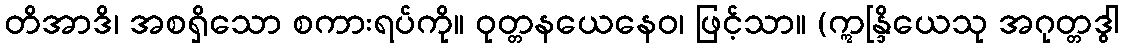
တိအာဒိ၊ အစရှိသော စကားရပ်ကို။ ဝုတ္တနယေနေဝ၊ ဖြင့်သာ။ (ဣန္ဒြိယေသု အဂုတ္တဒွါ